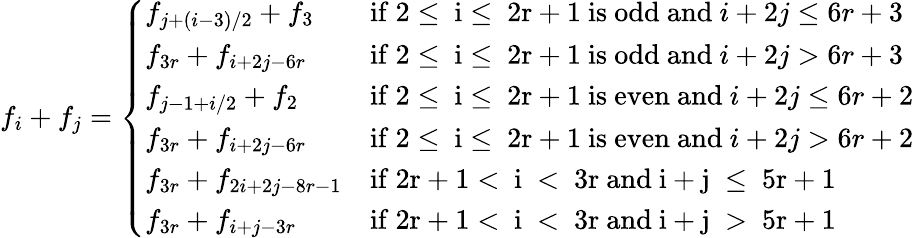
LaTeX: f_{i}+f_{j}=\left\{ \begin{array}{ll}{f_{j+(i-3)/2}+f_{3}}&{\mathrm{if~2\leq~i\leq~2r+1~is~odd~and~}i+2j\leq 6r+3}\\ {f_{3r}+f_{i+2j-6r}}&{\mathrm{if~2\leq~i\leq~2r+1~is~odd~and~}i+2j>6r+3}\\ {f_{j-1+i/2}+f_{2}}&{\mathrm{if~2\leq~i\leq~2r+1~is~even~and~}i+2j\leq 6r+2}\\ {f_{3r}+f_{i+2j-6r}}&{\mathrm{if~2\leq~i\leq~2r+1~is~even~and~}i+2j>6r+2}\\ {f_{3r}+f_{2i+2j-8r-1}}&{\mathrm{if~2r+1<~i~<~3r~and~i+j~\leq~5r+1~}}\\ {f_{3r}+f_{i+j-3r}}&{\mathrm{if~2r+1<~i~<~3r~and~i+j~>~5r+1~}}\end{array}\right.